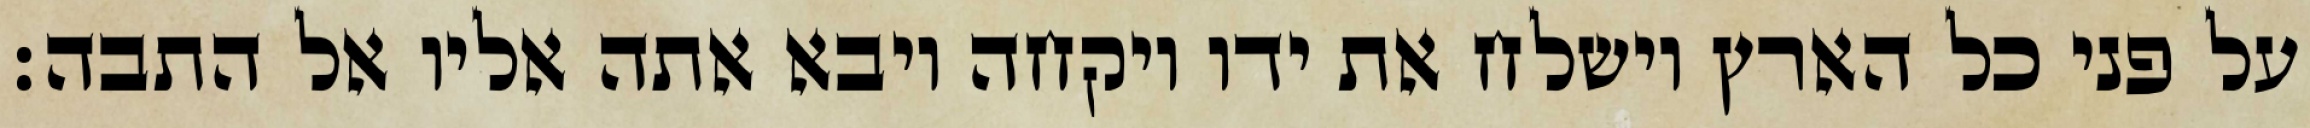
על פני כל הארץ וישלח את ידו ויקחה ויבא אתה אליו אל התבה׃